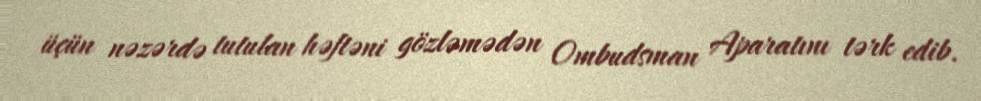
üçün nəzərdə tutulan həftəni gözləmədən Ombudsman Aparatını tərk edib.